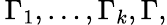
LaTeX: \, \Gamma_{1},\dots,\Gamma_{k},\Gamma,